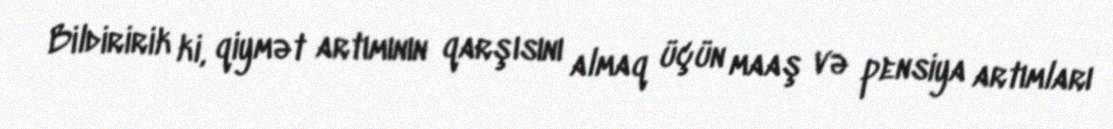
Bildiririk ki, qiymət artımının qarşısını almaq üçün maaş və pensiya artımları